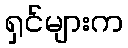
ရှင်များက